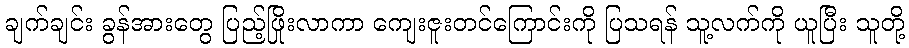
ချက်ချင်း ခွန်အားတွေ ပြည့်ဖြိုးလာကာ ကျေးဇူးတင်ကြောင်းကို ပြသရန် သူ့လက်ကို ယူပြီး သူတို့